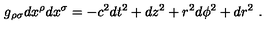
g _ { \rho \sigma } d x ^ { \rho } d x ^ { \sigma } = - c ^ { 2 } d t ^ { 2 } + d z ^ { 2 } + r ^ { 2 } d \phi ^ { 2 } + d r ^ { 2 } \ .